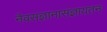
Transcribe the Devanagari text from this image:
नैवसंज्ञानासंज्ञायतन